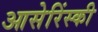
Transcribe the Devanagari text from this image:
आसेरिंस्की